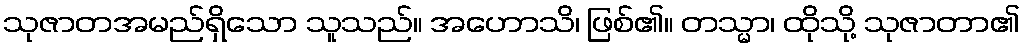
သုဇာတအမည်ရှိသော သူသည်။ အဟောသိ၊ ဖြစ်၏။ တသ္မာ၊ ထိုသို့ သုဇာတာ၏